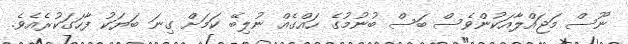
ނޫސް މަޖައްލާއަކުންވެސް ބަސް ބުނުމުގެ ހައްގެއް ނުލިބޭ ކަމަށް ގިނަ ބަޔަކު ފާހަގަކުރެއެވެ.